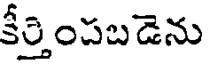
కేర్తింపబడెను